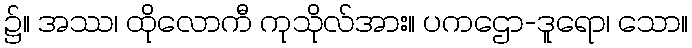
၌။ အဿ၊ ထိုလောကီ ကုသိုလ်အား။ ပကဌော-ဒူရော၊ သော။